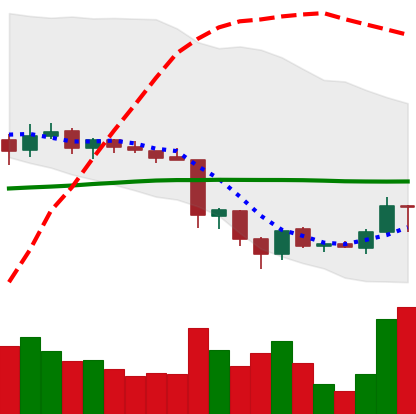
Ticker: TRX-USD
Chart end date: 2018-06-20
Forward return: -14.263%
Label: down_7plus